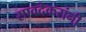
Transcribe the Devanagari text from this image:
सावदेकरांनी